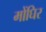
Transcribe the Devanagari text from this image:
मोंघिर